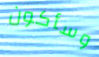
وسأكون